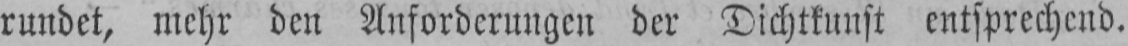
rundet, mehr den Anforderungen der Dichtkunst entsprechend.